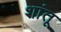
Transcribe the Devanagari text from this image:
शांतू